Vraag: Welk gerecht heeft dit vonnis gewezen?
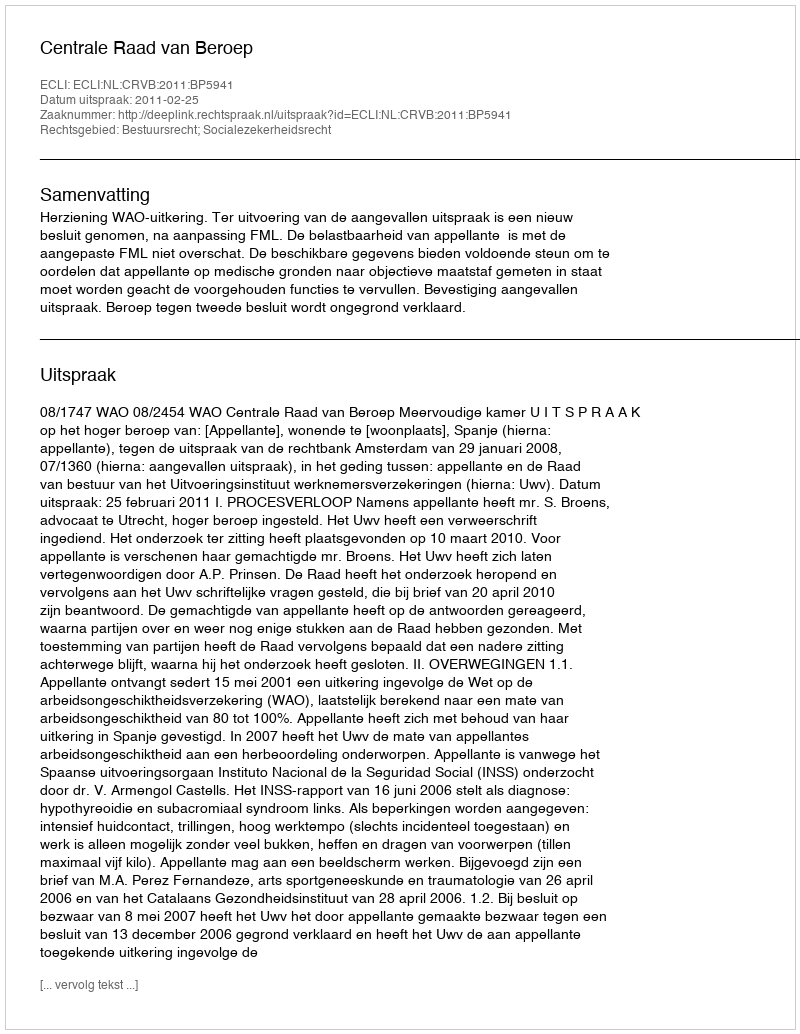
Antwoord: Centrale Raad van Beroep